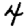
Digit: 4